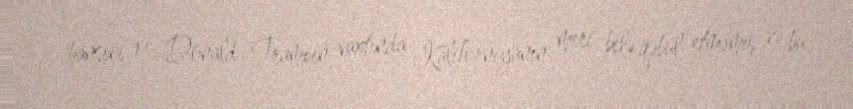
hansını ki, Donald Trampın vaxtında Kaliforniyanın meri belə qəbul etməmiş və bu